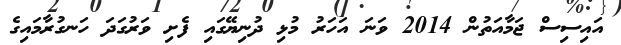
އައިސިސް ޖަމާއަތުން 2014 ވަނަ އަހަރު މުޅި ދުނިޔޭގައި ފެށި ވަރުގަދަ ހަނގުރާމައިގެ